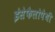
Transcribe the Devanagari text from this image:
इंसेफैलोपैथी